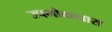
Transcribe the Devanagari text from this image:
उपभोक्त्यास